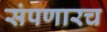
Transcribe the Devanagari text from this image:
संपणारच